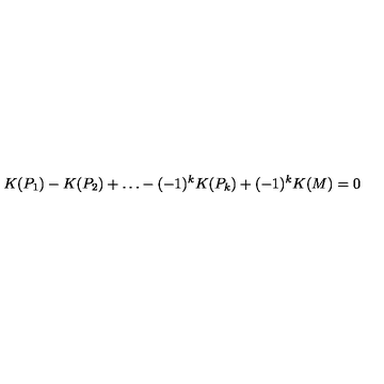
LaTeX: K ( P _ { 1 } ) - K ( P _ { 2 } ) + \dots - ( - 1 ) ^ { k } K ( P _ { k } ) + ( - 1 ) ^ { k } K ( M ) = 0